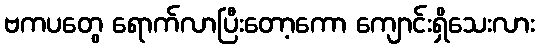
ဗကပတွေ ရောက်လာပြီးတော့ကော ကျောင်းရှိသေးလား